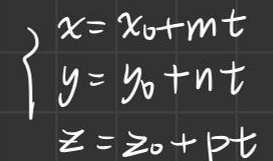
\begin{cases}
x = x_0 + mt \\
y = y_0 + nt \\
z = z_0 + pt
\end{cases}